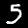
Digit: 5